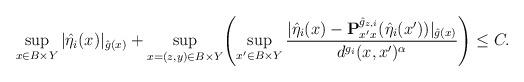
LaTeX: \begin{align*}\sup_{x \in B \times Y} |\hat{\eta}_i(x)|_{\hat{g}(x)} + \sup_{x=(z,y) \in B \times Y} \Biggl( \sup_{x' \in B \times Y} \frac{|\hat\eta_i(x)-\mathbf{P}^{\hat{g}_{z,i}}_{x'x}(\hat\eta_i(x'))|_{\hat{g}(x)}}{d^{{g}_{i}}(x,x')^\alpha}\Biggr) \leq C.\end{align*}